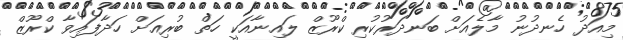
މިއަދު ހެނދުނު މާލެއަށް ބަނދަރުކުރި ކްރޫޒް ލައިނާއަކީ ހަތް ބުރިއަށް ހަދާފައިވާ ކްރޫޒް